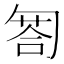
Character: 匒